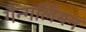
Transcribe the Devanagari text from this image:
गैन्गलियन